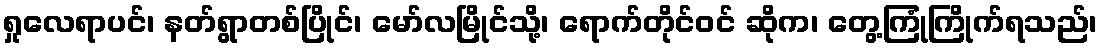
ရှုလေရာပင်၊ နတ်ရွာတစ်ပြိုင်၊ မော်လမြိုင်သို့၊ ရောက်တိုင်ဝင် ဆိုက၊ တွေ့ကြုံကြိုက်ရသည်၊